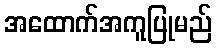
အထောက်အကူပြုမည်